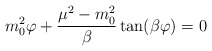
\begin{align*}m_0^2\varphi+{\frac {\mu^2-m_0^2}{\beta}} \tan(\beta\varphi)=0\end{align*}